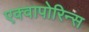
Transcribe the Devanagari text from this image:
एक्वापोरिन्स